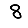
Digit: 8